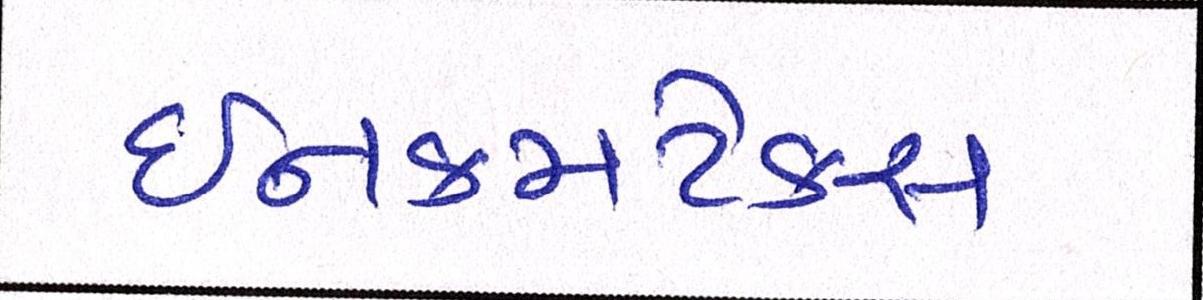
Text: ઈનકમટેક્સ